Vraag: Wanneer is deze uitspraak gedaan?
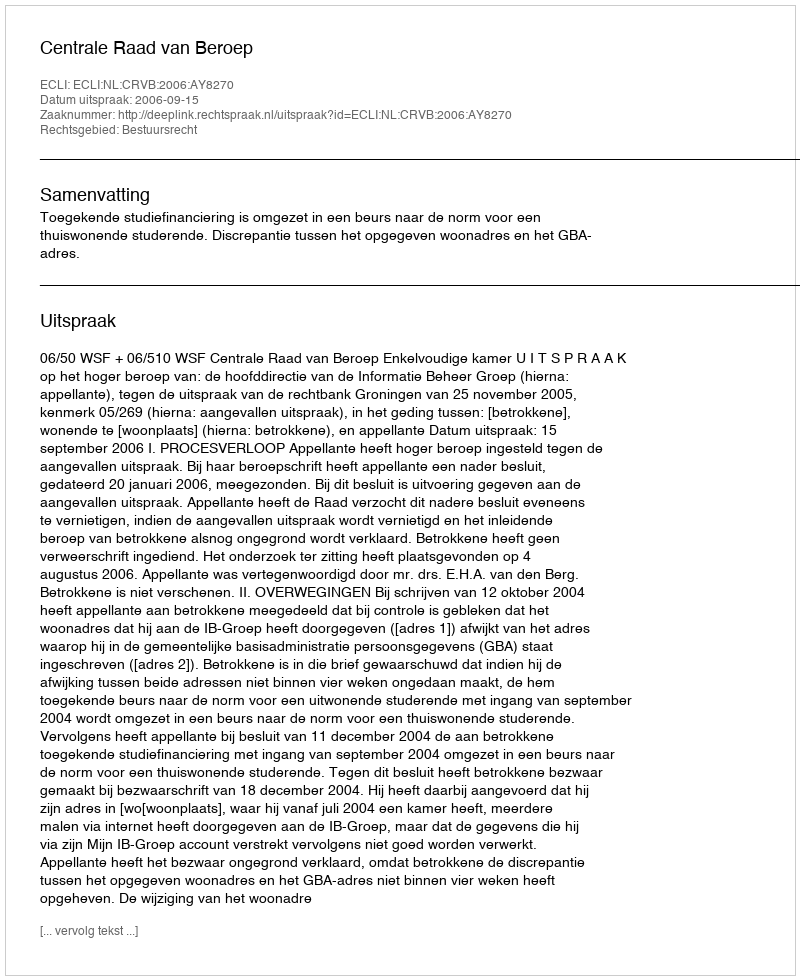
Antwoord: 2006-09-15